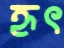
হৃৎ